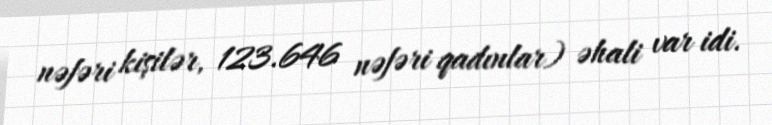
nəfəri kişilər, 123.646 nəfəri qadınlar) əhali var idi.